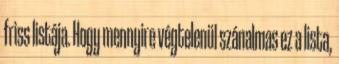
friss listája. Hogy mennyire végtelenül szánalmas ez a lista,